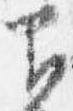
下